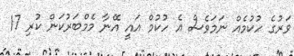
ވަރުގެ ހުކުމެއް ނަމަވެސް އެ ހުކުމް އައީ އޭނާ މެމްބަރުކަން ކުރި 17